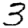
Digit: 3